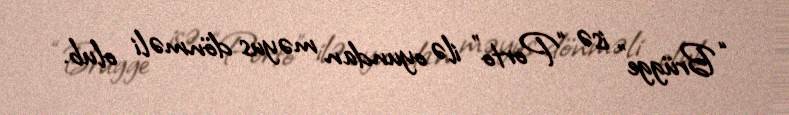
“Brügge” isə “Porto” ilə oyundan məyus dönməli olub.